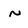
Character: N